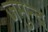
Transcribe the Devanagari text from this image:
जमुन्द